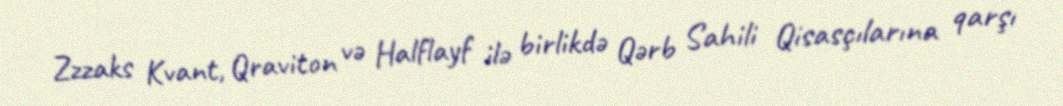
Zzzaks Kvant, Qraviton və Halflayf ilə birlikdə Qərb Sahili Qisasçılarına qarşı